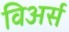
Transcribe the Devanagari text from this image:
विअर्स